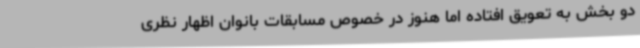
دو بخش به تعویق افتاده اما هنوز در خصوص مسابقات بانوان اظهار نظری